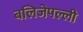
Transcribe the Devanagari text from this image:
बलिजेपल्ली